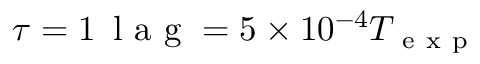
\tau = 1 \, \mathrm { ~ l ~ a ~ g ~ } = 5 \times 1 0 ^ { - 4 } T _ { \mathrm { ~ e ~ x ~ p ~ } }